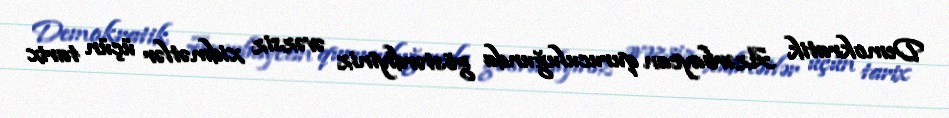
Demokratik Azərbaycan quruculuğunda göstərdiyiniz əvəzsiz xidmətlər üçün tarix